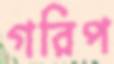
গরিপ